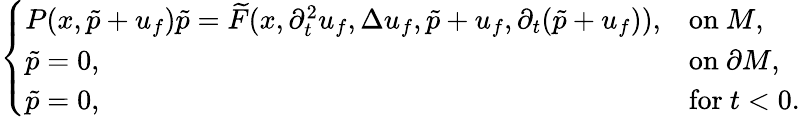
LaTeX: \left\{ \begin{array}{ll}{P(x,\tilde{p}+u_{f})\tilde{p}=\widetilde{F}(x,\partial_{t}^{2}u_{f},\Delta u_{f},\tilde{p}+u_{f},\partial_{t}(\tilde{p}+u_{f})),}&{\mathrm{on~}M,}\\ {\tilde{p}=0,}&{\mathrm{on~}\partial M,}\\ {\tilde{p}=0,}&{\mathrm{for~}t<0.}\end{array}\right.